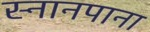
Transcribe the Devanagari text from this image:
स्नानपाना